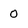
Character: 0